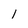
Character: 1